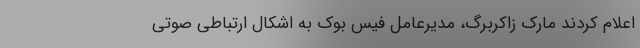
اعلام کردند مارک زاکربرگ، مدیرعامل فیس بوک به اشکال ارتباطی صوتی